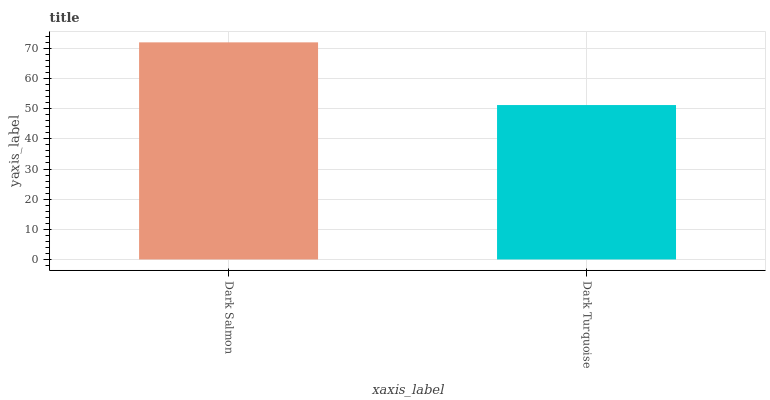
| xaxis_label | bars |
 | --- | --- |
 | Dark Salmon | 72 |
 | Dark Turquoise | 51.2 |